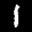
Label: 1